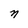
Character: n